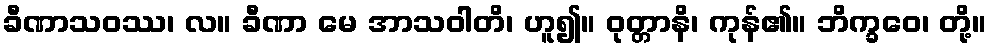
ခီဏာသဝဿ၊ လ။ ခီဏာ မေ အာသဝါတိ၊ ဟူ၍။ ဝုတ္တာနိ၊ ကုန်၏။ ဘိက္ခဝေ၊ တို့။